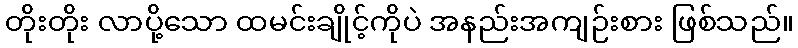
တိုးတိုး လာပို့သော ထမင်းချိုင့်ကိုပဲ အနည်းအကျဉ်းစား ဖြစ်သည်။